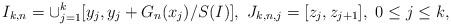
LaTeX: \begin{align*}I_{k,n}=\cup_{j=1}^k[y_j,y_j+G_n(x_j)/S(I)],\ J_{k,n,j}=[z_j,z_{j+1}],\ 0\leq j\leq k,\end{align*}